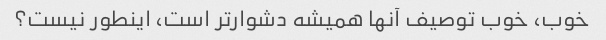
خوب، خوب توصیف آنها همیشه دشوارتر است، اینطور نیست؟